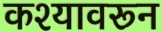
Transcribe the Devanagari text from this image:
कश्यावरून